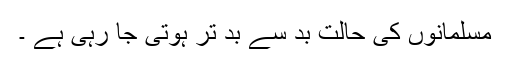
مسلمانوں کی حالت بد سے بد تر ہوتی جا رہی ہے ۔